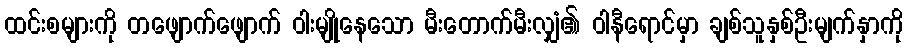
ထင်းစများကို တဖျောက်ဖျောက် ဝါးမျိုနေသော မီးတောက်မီးလျှံ၏ ဝါနီရောင်မှာ ချစ်သူနှစ်ဦးမျက်နှာကို